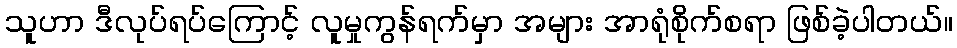
သူဟာ ဒီလုပ်ရပ်ကြောင့် လူမှုကွန်ရက်မှာ အများ အာရုံစိုက်စရာ ဖြစ်ခဲ့ပါတယ်။